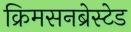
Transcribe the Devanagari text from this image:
क्रिमसनब्रेस्टेड